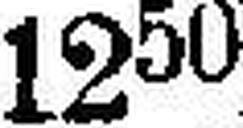
1250